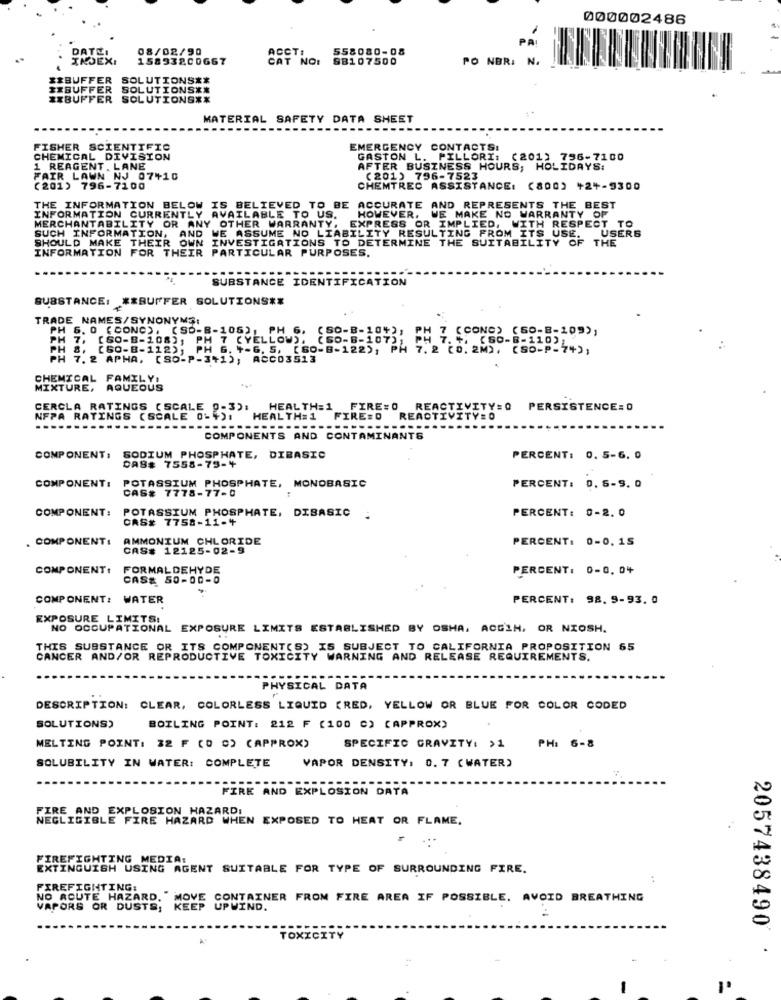
000002486
PA!
DATE:
08/02/90
ACCT:
558080-08
15893200667
CAT NO:
SB107500
PO NBRI
N.
EXBUFFER SOLUTIONS **
IXBUFFER SOLUTIONS **
XXBUFFER SOLUTIONS **
MATERIAL SAFETY DATA SHEET
FISHER SCIENTIFIC
EMERGENCY CONTACTS:
CHEMICAL DIVISION
GASTON L. PILLORI:
(201) 756-7100
1 REAGENT . LANE
AFTER BUSINESS HOURS, HOLIDAYS:
FAIR LAWN NJ 07+10
(201) 796-7523
(201) 796-7100
CHEMTREC ASSISTANCE: (800) +2+-9300
THE INFORMATION BELOW IS BELIEVED TO BE
ACCURATE AND REPRESENTS THE BEST
INFORMATION CURRENTLY AVAILABLE TO US.
MERCHANTABILITY OR ANY OTHER WARRANTY, EXPRESS OR IMPLIED, WITH RESPECT TO
MAKE NO WARRANTY OF
SUCH INFORMATION,
USERS
SHOULD MAKE THEIR OWN
INVESTIGATIONS TO DETERMINE THE SUITABILITY OF THE
ILITY RESULTING FROM ITS USE.
INFORMATION FOR THEIR PARTICULAR PURPOSES.
SUBSTANCE IDENTIFICATION
SUBSTANCE: ** BUFFER SOLUTIONS **
TRADE NAMES/SYNONYMS:
H 6. 0 ( CONC), (SO-B-105) , PH 6, (SO-B-10%),
(CONC) (SO-B-109),
PH 7, (SO-B-108), PM 7 (YELLOW),
(SO-8-107); PH 7. 4
(SO-B-110)
PH 8, (GO-8-112); PH 6. "-6. 5, [60-B-122), PH 7. 2 (0. 2M), (SO-P-7+);
4 7. 2 APHA, (SO-P-3+1),
ACCO3513
CHEMICAL FAMILY:
MIXTURE, AQUEOUS
CERCLA RATINGS ( SCALE 9-3):
HEALTH=1 FIRE=0
FIRE=0 REACTIVITY=0 PERSISTENCE:0
NFPA RATINGS (SCALE 0%+)!
HEALTH= 1
FIRE=D
REACTIVITY=0
COMPONENTS AND CONTAMINA
ITS
COMPONENT:
SODIUM PHOSPHATE, DIBASIC
PERCENT: 0. 5-6. 0
DAS# 7558-75-4
COMPONENT:
POTASSIUM PHOSPHATE, MONOBASIC
CAS# 7778-77-0
PERCENT: 0. 5-9. 0
COMPONENT:
PERCENT: 0-2. 0
POTASSIUM PHOSPHATE, DIBASIC :
CAS# 7758-11-4
COMPONENTI
AMMONIUM CHLORIDE
PERCENT: 0-0.15
CAS# 12125-02-9
COMPONENT:
FORMALDEHYDE
PERCENT: 0-0.04
CAS# 50-00-0
COMPONENT: WATER
PERCENT: 98.9-93. 0
EXPOSURE LIMITS:
NO OCCUPATIONAL EXPOSURE LIMITS ESTABLISHED BY OSHA, ACGİN, OR NIOSH.
THIS SUBSTANCE OR ITS COMPONENT(S) IS SUBJECT TO CALIFORNIA PROPOSITION 65
CANCER AND/OR REPRODUCTIVE TOXICITY WARNING AND RELEASE REQUIREMENTS.
PHYSICAL DATA
DESCRIPTION: CLEAR, COLORLESS LIQUID [RED, YELLOW OR BLUE FOR COLOR CODED
SOLUTIONS)
BOILING POINT: 212 F [100 C) (APPROX)
MELTING POINT: 32 F (0 0) (APPROX)
SPECIFIC GRAVITY: >1
PH: 6-8
SOLUBILITY IN WATER: COMPLETE
VAPOR DENSITY: 0. 7 (WATER)
FIRE AND EXPLOSION DATA
FIRE AND EXPLOSION HAZARD:
NEGLIGIBLE FIRE HAZARD WHEN EXPOSED TO HEAT OR FLAME.
FIREFIGHTING MEDIA:
EXTINGUISH USING AGENT SUITABLE FOR TYPE OF SURROUNDING FIRE.
FIREFIGHTING:
NO ACUTE HAZARD. MOVE CONTAINER FROM FIRE AREA IF POSSIBLE. AVOID BREATHING
VAPORS OR DUSTS; KEEP UPWIND.
2057438490
TOXICITY
-